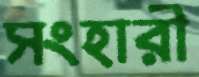
সংহারী